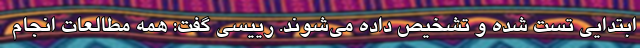
ابتدایی تست شده و تشخیص داده می‌شوند. رییسی گفت: همه مطالعات انجام